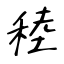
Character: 稑